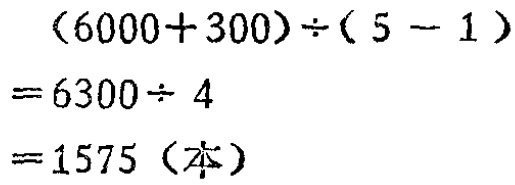
\((6000 + 300)\div(5 - 1)\)
\(= 6300\div4\)
\(= 1575\)（本）